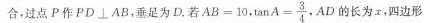
合，过点P作PD\bot AB，垂足为D.若$$A B = 1 0$$， $$\tan A = \frac { 3 } { 4 }$$ ，AD的长为x，四边形